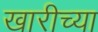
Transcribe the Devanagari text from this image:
खारीच्या